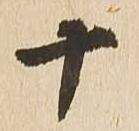
十